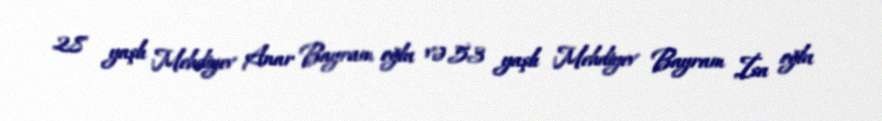
28 yaşlı Mehdiyev Anar Bayram oğlu və 53 yaşlı Mehdiyev Bayram İsa oğlu